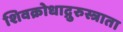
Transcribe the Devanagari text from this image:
शिवक्रोधाद्गुरुस्त्राता